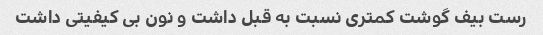
رست بیف گوشت کمتری نسبت به قبل داشت و نون بی کیفیتی داشت